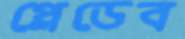
প্লেডেব